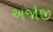
અજોજી